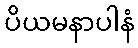
ပိယမနာပါနံ